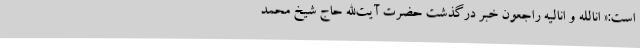
است:« انالله و انالیه راجعون خبر درگذشت حضرت آیت‌الله حاج شیخ محمد